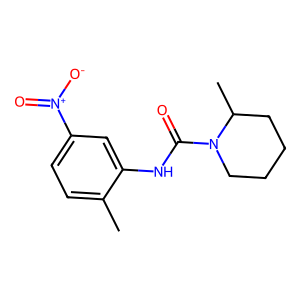
SMILES: Cc1ccc([N+](=O)[O-])cc1NC(=O)N1CCCCC1C
Inhibits HIV replication: No